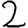
Digit: 2